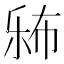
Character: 𱜨